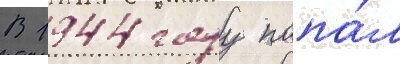
В 1944 году попа́л